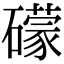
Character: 礞